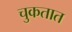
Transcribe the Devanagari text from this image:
चुकतात